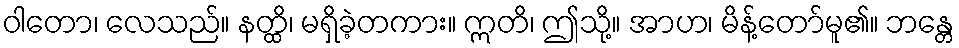
ဝါတော၊ လေသည်။ နတ္ထိ၊ မရှိခဲ့တကား။ ဣတိ၊ ဤသို့။ အာဟ၊ မိန့်တော်မူ၏။ ဘန္တေ